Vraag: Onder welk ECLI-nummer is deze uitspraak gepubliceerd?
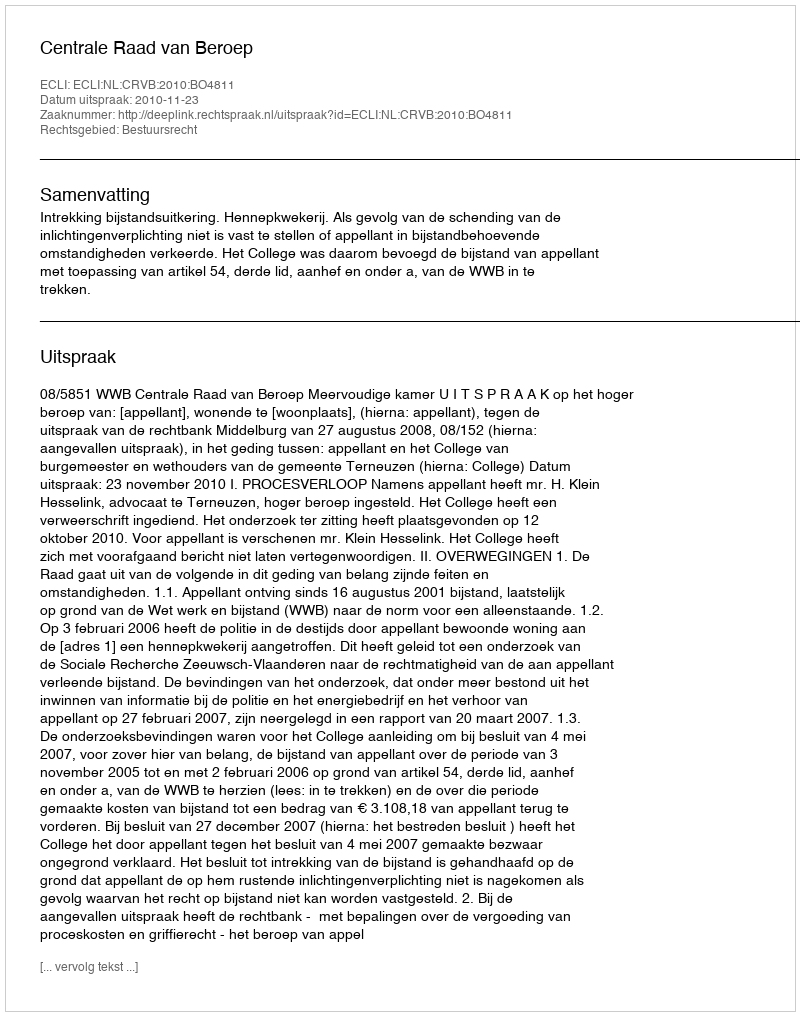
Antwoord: ECLI:NL:CRVB:2010:BO4811